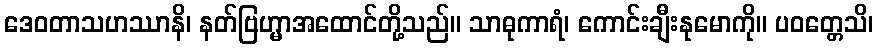
ဒေဝတာသဟဿာနိ၊ နတ်ဗြဟ္မာအထောင်တို့သည်။ သာဓုကာရံ၊ ကောင်းချီးနုမောကို။ ပဝတ္တေသိ၊